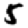
Digit: 5